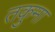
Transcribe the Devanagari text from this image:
तकुमा